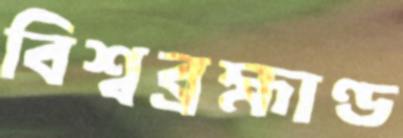
বিশ্বব্রহ্মাণ্ড